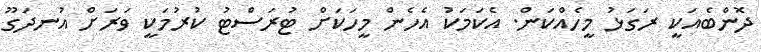
ދޮންބެއަކީ ރަގަޅު މީހެއްކަން. އެކަމަކު އެހެން މީހަކަށް ޓުރަސްޓު ކުރުމަކީ ވަރަށް އުނދަގޫ